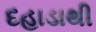
દહાડાથી